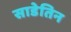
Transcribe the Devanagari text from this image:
साडेतिन